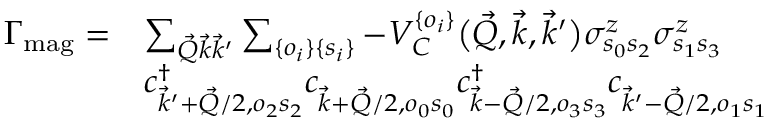
\begin{array} { r l } { \Gamma _ { \mathrm { m a g } } = } & { \sum _ { \vec { Q } \vec { k } \vec { k } ^ { \prime } } \sum _ { \{ o _ { i } \} \{ s _ { i } \} } - V _ { C } ^ { \{ o _ { i } \} } \big ( \vec { Q } , \vec { k } , \vec { k } ^ { \prime } \big ) \sigma _ { s _ { 0 } s _ { 2 } } ^ { z } \sigma _ { s _ { 1 } s _ { 3 } } ^ { z } } \\ & { c _ { \vec { k } ^ { \prime } + \vec { Q } / 2 , o _ { 2 } s _ { 2 } } ^ { \dag } c _ { \vec { k } + \vec { Q } / 2 , o _ { 0 } s _ { 0 } } ^ { \vphantom { \dag } } c _ { \vec { k } - \vec { Q } / 2 , o _ { 3 } s _ { 3 } } ^ { \dag } c _ { \vec { k } ^ { \prime } - \vec { Q } / 2 , o _ { 1 } s _ { 1 } } ^ { \vphantom { \dag } } } \end{array}